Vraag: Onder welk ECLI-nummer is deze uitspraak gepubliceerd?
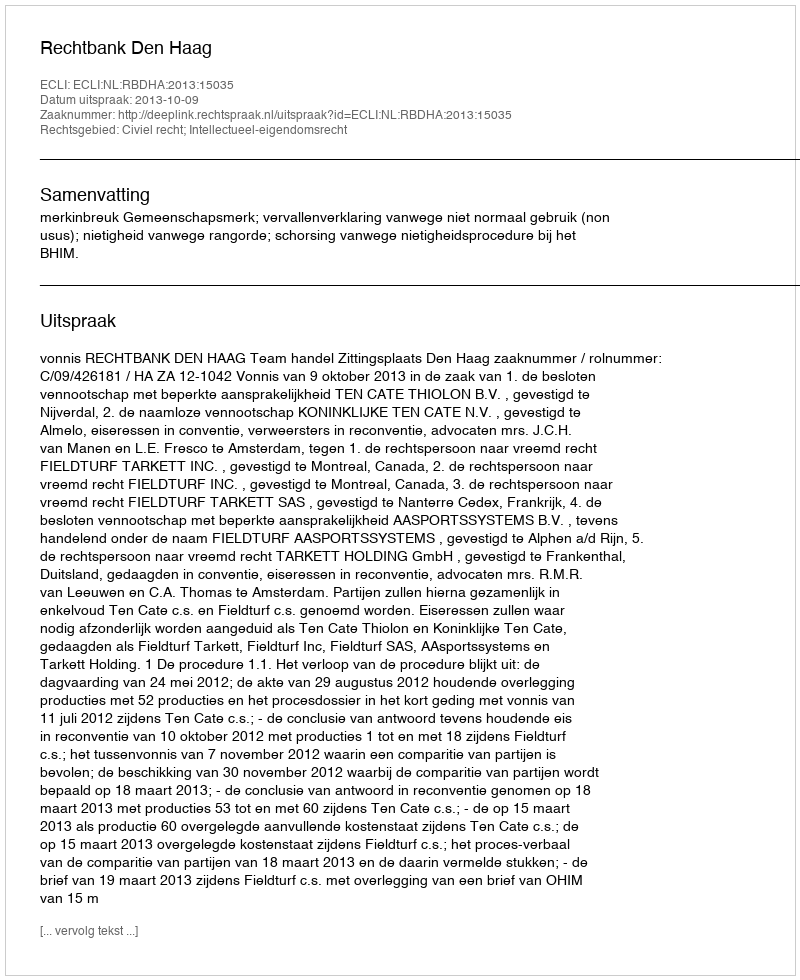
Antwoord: ECLI:NL:RBDHA:2013:15035